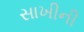
સાખીની